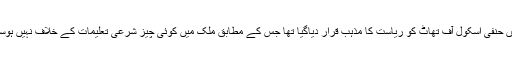
دستور میں حنفی اسکول آف تھاٹ کو ریاست کا مذہب قرار دیاگیا تھا جس کے مطابق ملک میں کوئی چیز شرعی تعلیمات کے خلاف نہیں ہوسکتی تھی۔